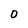
Character: O